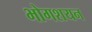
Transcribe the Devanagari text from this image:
भोगशयन